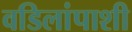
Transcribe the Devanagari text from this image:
वडिलांपाशी